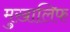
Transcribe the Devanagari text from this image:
मुख़ालिफ